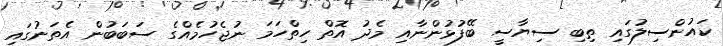
ކައުންސިލުގައި ތިބި ސިޔާސީ ބޭފުޅުންނާއި މެދު އޮތް ހިތްހަމަ ނުޖެހުމެއްގެ ސަބަބުން އެތަނުގައި